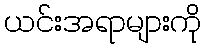
ယင်းအရာများကို